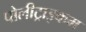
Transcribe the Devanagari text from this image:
पोलीट्राइकम